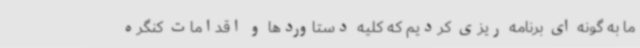
ما به گونه ای برنامه ریزی کردیم که کلیه دستاوردها و اقدامات کنگره